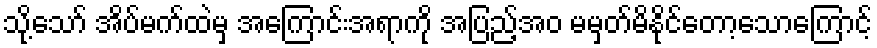
သို့သော် အိပ်မက်ထဲမှ အကြောင်းအရာကို အပြည့်အဝ မမှတ်မိနိုင်တော့သောကြောင့်